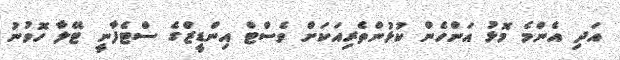
އަދި އެންމެ މޮޅު އަންހެން ކުޅުންތެރިއަކަށް ވެސްޓް އިންޑީޒްގެ ސްޓެފާނީ ޓޭލާ ހޮވުނު